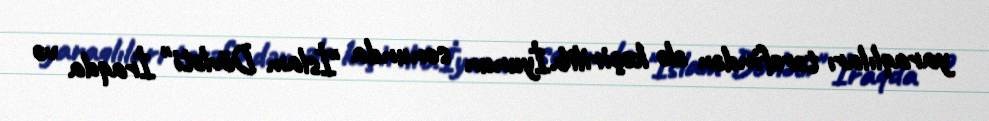
yaraqlıları tərəfindən ələ keçirilib.İyunun sonunda "İslam Dövləti" İraqda və